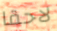
لاحقا